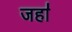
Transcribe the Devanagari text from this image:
जहा॑